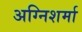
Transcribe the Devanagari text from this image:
अग्निशर्मा